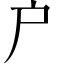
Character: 户